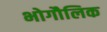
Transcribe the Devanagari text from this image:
भोगौलिक